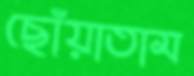
ছোঁয়াতাম